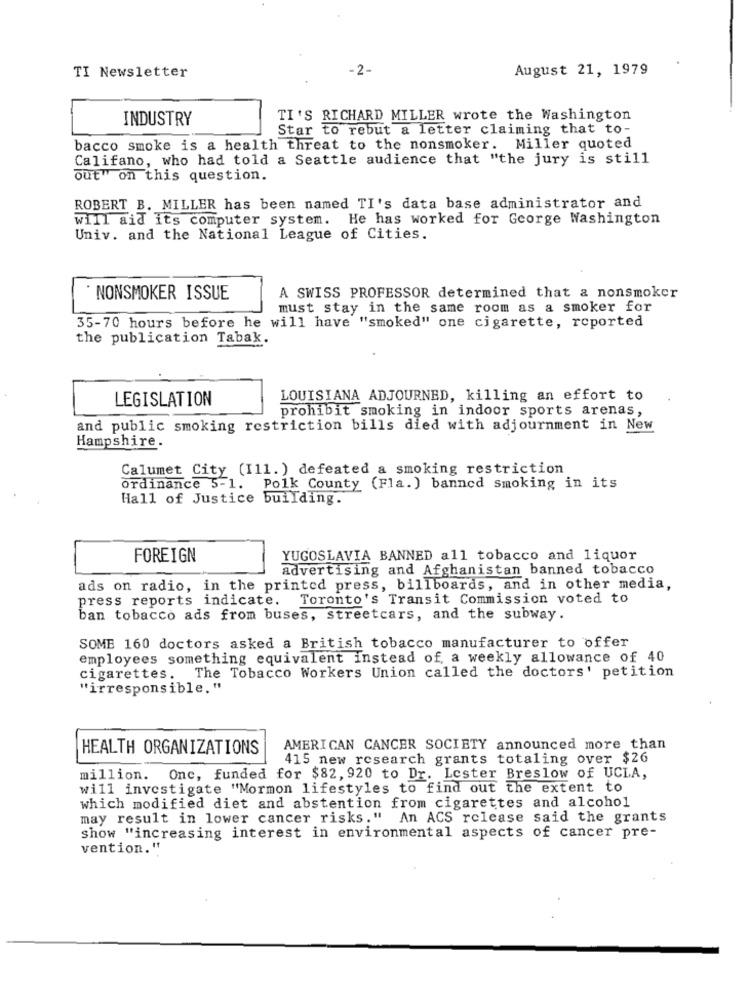
TI Newsletter
-2-
August 21, 1979
INDUSTRY
TI'S RICHARD MILLER wrote the Washington
Star to rebut a letter claiming that to-
bacco smoke is a health threat to the nonsmoker. Miller quoted
Califano, who had told a Seattle audience that "the jury is still
out" on this question.
ROBERT B. MILLER has been named TI's data base administrator and
will aid its computer system. He has worked for George Washington
Univ. and the National League of Cities.
NONSMOKER ISSUE
A SWISS PROFESSOR determined that a nonsmoker
must stay in the same room as a smoker for
35-70 hours before he will have "smoked" one cigarette, reported
the publication Tabak.
LEGISLATION
LOUISIANA ADJOURNED, killing an effort to
prohibit smoking in indoor sports arenas,
and public smoking restriction bills died with adjournment in New
Hampshire.
Calumet City (I11.) defeated a smoking restriction
ordinance 5-1. Polk County (Fla. ) banned smoking in its
Hall of Justice building.
FOREIGN
YUGOSLAVIA BANNED all tobacco and liquor
advertising and Afghanistan banned tobacco
ads on radio, in the printed press, billboards, and in other media,
press reports indicate. Toronto's Transit Commission voted to
ban tobacco ads from buses, streetcars, and the subway.
SOME 160 doctors asked a British tobacco manufacturer to offer
employees something equivalent instead of a weekly allowance of 40
The Tobacco Workers Union called the doctors' petition
cigarettes.
"irresponsible."
HEALTH ORGANIZATIONS
AMERICAN CANCER SOCIETY announced more than
415 new research grants totaling over $26
million. Onc, funded for $82, 920 to Dr. Lester Breslow of UCLA,
will investigate "Mormon lifestyles to find out the extent to
which modified diet and abstention from cigarettes and alcohol
may result in lower cancer risks." An ACS release said the grants
show "increasing interest in environmental aspects of cancer pre-
vention."